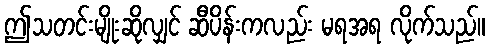
ဤသတင်းမျိုးဆိုလျှင် ဆီပိန်းကလည်း မရအရ လိုက်သည်။